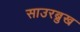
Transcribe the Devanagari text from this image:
साउरब्रुख